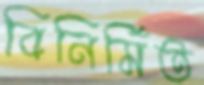
বিনির্মিত